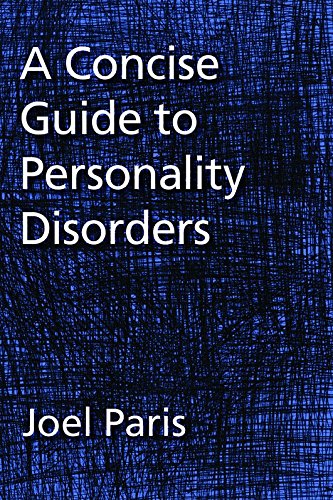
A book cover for A Concise Guide to Personality Disorders; Joel Paris; Health, Fitness & Dieting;